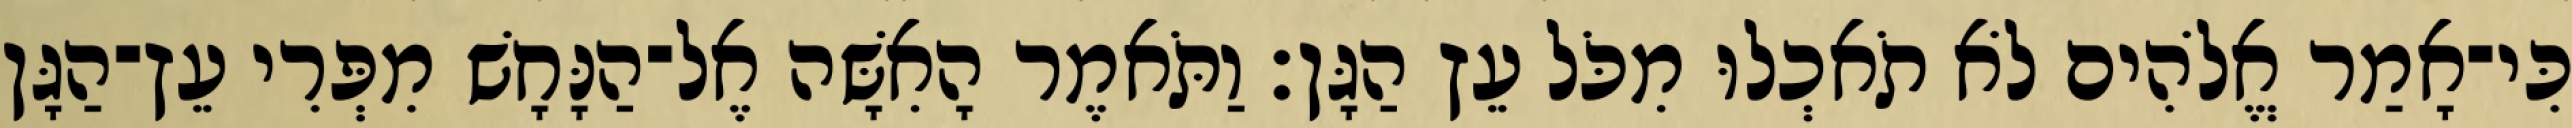
כִּי־אָמַר אֱלֹהִים לֹא תֹאכְלוּ מִכֹּל עֵץ הַגָּן׃ וַתֹּאמֶר הָאִשָּׁה אֶל־הַנָּחָשׁ מִפְּרִי עֵץ־הַגָּן